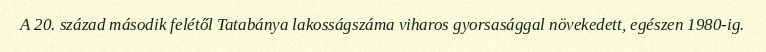
A 20. század második felétől Tatabánya lakosságszáma viharos gyorsasággal növekedett, egészen 1980-ig.